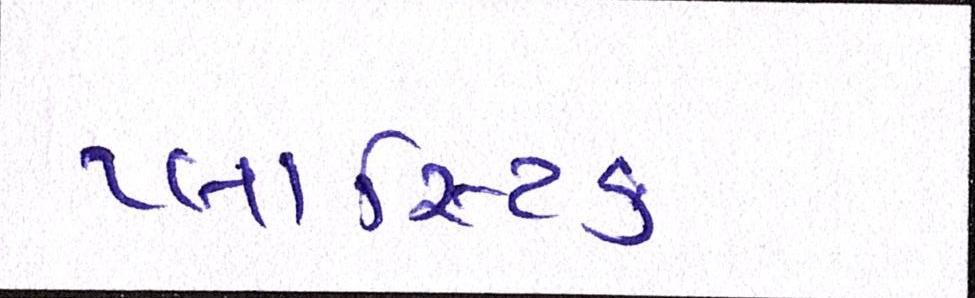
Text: પ્લાસ્ટિક